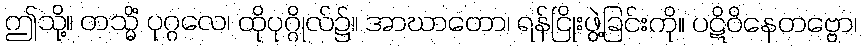
ဤသို့။ တသ္မိံ ပုဂ္ဂလေ၊ ထိုပုဂ္ဂိုလ်၌။ အာဃာတော၊ ရန်ငြိုးဖွဲ့ခြင်းကို။ ပဋိဝိနေတဗ္ဗော၊